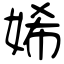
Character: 㛓